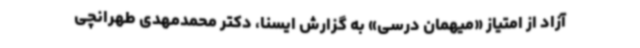
آزاد از امتیاز «میهمان درسی» به گزارش ایسنا، دکتر محمدمهدی طهرانچی